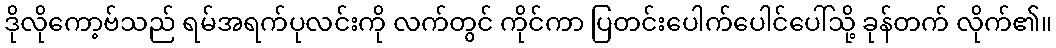
ဒိုလိုကော့ဗ်သည် ရမ်အရက်ပုလင်းကို လက်တွင် ကိုင်ကာ ပြတင်းပေါက်ပေါင်ပေါ်သို့ ခုန်တက် လိုက်၏။